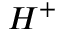
H ^ { + }